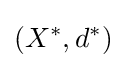
(X^{*},d^{*})